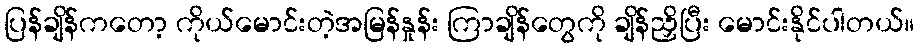
ပြန်ချိန်ကတော့ ကိုယ်မောင်းတဲ့အမြန်နှုန်း ကြာချိန်တွေကို ချိန်ညှိပြီး မောင်းနိုင်ပါတယ်။